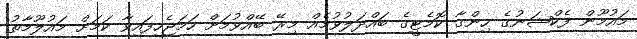
މައުމޫން ފެކްޝަނުގެ ހިންގާ ކޮމެޓީގެ ބައްދަލުވުމެއް މިރޭ ބޭއްވުމަށް ހަމަޖެހިފައިވާ ކަމަށް މައުލޫމާތު